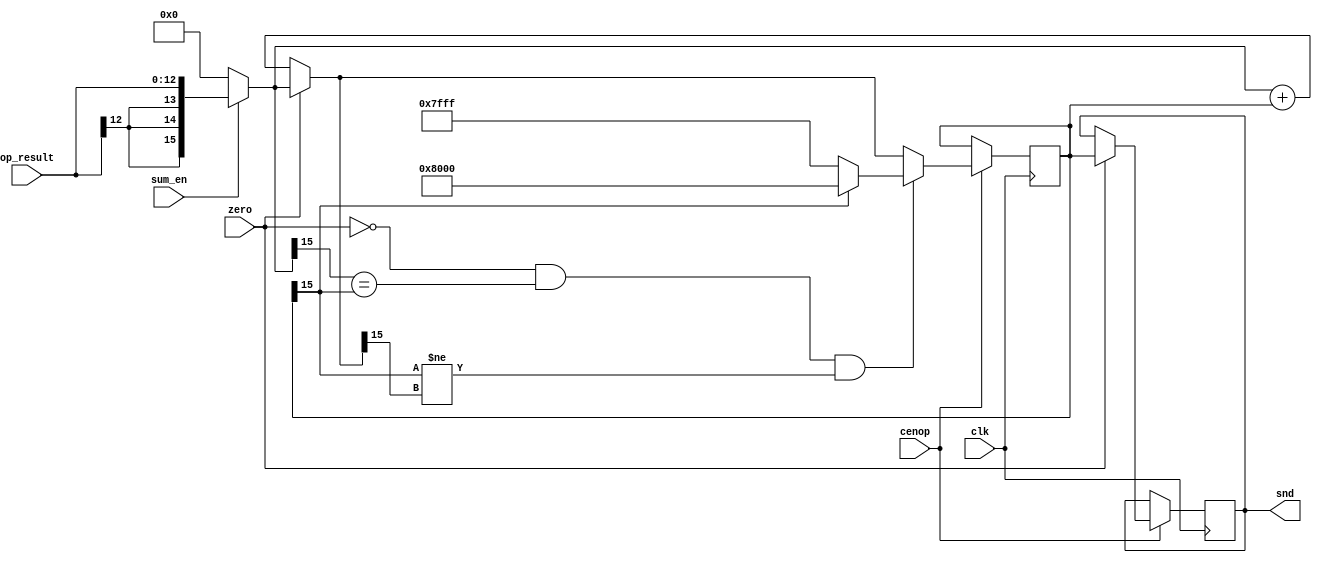
/* This file is part of JTOPL.

 
    JTOPL program is free software: you can redistribute it and/or modify
    it under the terms of the GNU General Public License as published by
    the Free Software Foundation, either version 3 of the License, or
    (at your option) any later version.

    JTOPL program is distributed in the hope that it will be useful,
    but WITHOUT ANY WARRANTY; without even the implied warranty of
    MERCHANTABILITY or FITNESS FOR A PARTICULAR PURPOSE.  See the
    GNU General Public License for more details.

    You should have received a copy of the GNU General Public License
    along with JTOPL.  If not, see <http://www.gnu.org/licenses/>.

    Author: Jose Tejada Gomez. Twitter: @topapate
    Version: 1.0
    Date: 20-6-2020 
    
*/

// Accumulates an arbitrary number of inputs with saturation
// restart the sum when input "zero" is high

`default_nettype wire

module jtopl_single_acc #(parameter 
        INW=13, // input data width 
        OUTW=16 // output data width
)(
    input                 clk,
    input                 cenop,
    input [INW-1:0]       op_result,
    input                 sum_en,
    input                 zero,
    output reg [OUTW-1:0] snd
);

// for full resolution use INW=14, OUTW=16
// for cut down resolution use INW=9, OUTW=12
// OUTW-INW should be > 0

reg signed [OUTW-1:0] next, acc, current;
reg overflow;

wire [OUTW-1:0] plus_inf  = { 1'b0, {(OUTW-1){1'b1}} }; // maximum positive value
wire [OUTW-1:0] minus_inf = { 1'b1, {(OUTW-1){1'b0}} }; // minimum negative value

always @(*) begin
    current = sum_en ? { {(OUTW-INW){op_result[INW-1]}}, op_result } : {OUTW{1'b0}};
    next = zero ? current : current + acc;
    overflow = !zero && 
        (current[OUTW-1] == acc[OUTW-1]) && 
        (acc[OUTW-1]!=next[OUTW-1]);
end

always @(posedge clk) if( cenop ) begin
    acc <= overflow ? (acc[OUTW-1] ? minus_inf : plus_inf) : next;
    if(zero) snd <= acc;
end

endmodule